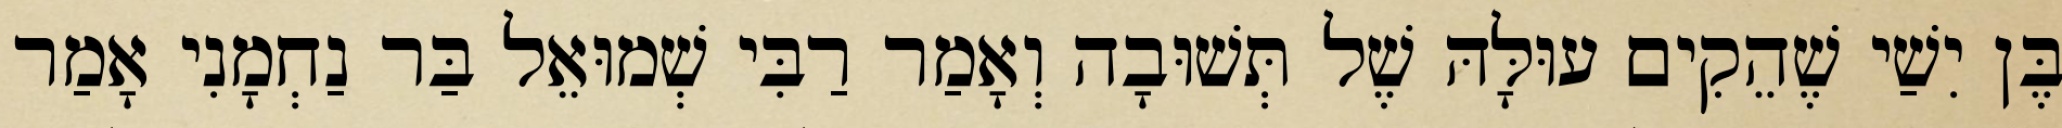
בֶּן יִשַׁי שֶׁהֵקִים עוּלָּהּ שֶׁל תְּשׁוּבָה וְאָמַר רַבִּי שְׁמוּאֵל בַּר נַחְמָנִי אָמַר